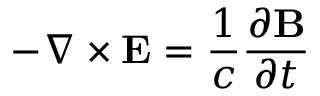
- \nabla \times \mathbf { E } = { \frac { 1 } { c } } { \frac { \partial \mathbf { B } } { \partial t } }